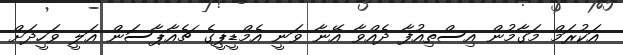
އަކުރަމް މަގާމުން އިސްތިއުފާ ދެއްވާ އޭނާ ވަނީ އެމްޑީޕީގެ ޗެއާޕާސަން އަލީ ވަހީދަށް